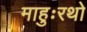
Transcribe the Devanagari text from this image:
माहुःरथो